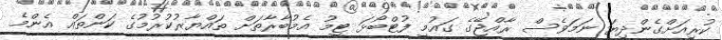
ކުރިއަށްގެންދިޔަ ނަމަވެސް ރާއްޖޭގެ ގައުމީ ފުޓްބޯޅަ ޓީމު އެމުބާރާތަށް ތައްޔާރުކުރުމުގެ ކަންތައް އެންމެ